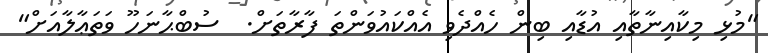
"މުޅި މިކާއިނާތާއި އުޑާއި ބިން ހެއްދެވި އެއްކައުވަންތަ ފާރާތަށް.  ސުބްޙާނަހޫ ވަތަޢާލާއަށް"